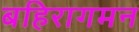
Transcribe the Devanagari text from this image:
बहिरागमन